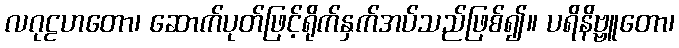
လဂုဠဟတော၊ ဆောက်ပုတ်ဖြင့်ရိုက်နှက်အပ်သည်ဖြစ်၍။ ပရိနိဗ္ဗူတော၊